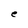
Character: e